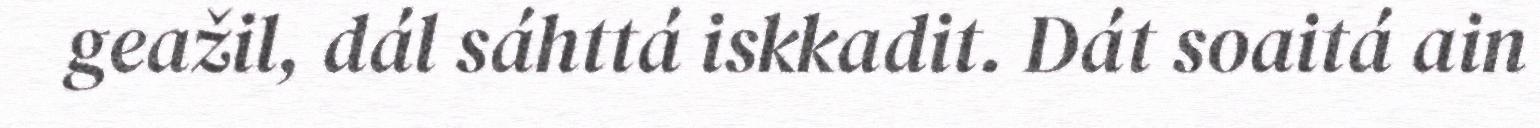
geažil, dál sáhttá iskkadit. Dát soaitá ain